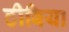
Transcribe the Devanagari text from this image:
टीबिया